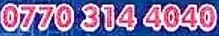
0770 314 4040